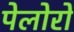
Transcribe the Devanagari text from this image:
पेलोरो